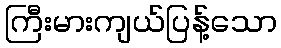
ကြီးမားကျယ်ပြန့်သော